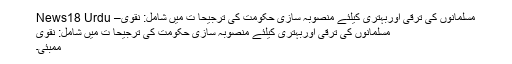
مسلمانوں کی ترقی اوربہتری کیلئے منصوبہ سازی حکومت کی ترجیحا ت میں شامل: نقوی– News18 Urdu
مسلمانوں کی ترقی اوربہتری کیلئے منصوبہ سازی حکومت کی ترجیحا ت میں شامل: نقوی
ممبئی۔